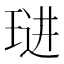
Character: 琎